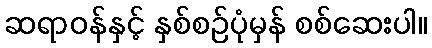
ဆရာဝန်နှင့် နှစ်စဉ်ပုံမှန် စစ်ဆေးပါ။